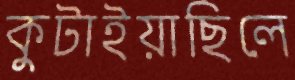
কুটাইয়াছিলে